Punjab Mental Hospital Lahore 1932-46 - 1932-1946
Year: 1932
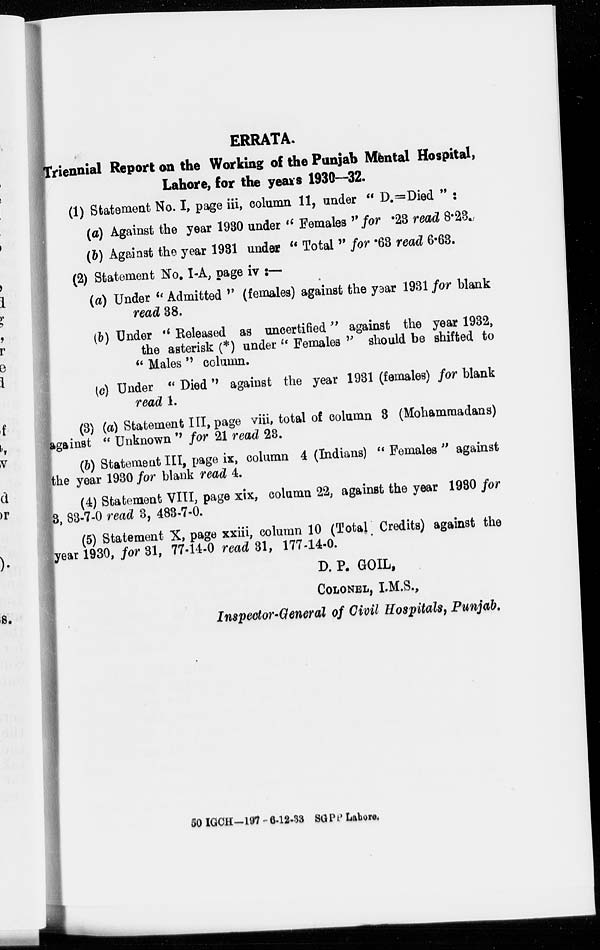
ERRATA.
Triennial Report on the Working of the Punjab Mental Hospital,
Lahore, for the years 1930—32.
(1) Statement No. I, page iii, column 11, under " D.=Died " :
(a) Against the year 1930 under " Females " for .23 read 8.23.
(b) Against the year 1931 under " Total " for .63 read 6.63.
(2) Statement No. I-A, page iv :—
(a) Under " Admitted " (females) against the year 1931 for blank
read 38.
(b) Under " Released as uncertified" against the year 1932,
the asterisk (*) under " Females " should be shifted to
" Males " column.
(c) Under " Died " against the year 1931 (females) for blank
read 1.
(3) (a) Statement III, page viii, total of column 3 (Mohammadans)
against " Unknown " for 21 read 23.
(b) Statement III, page ix, column 4 (Indians) " Females " against
the year 1930 for blank read 4.
(4) Statement VIII, page xix, column 22, against the year 1930 for
3, 83-7-0 read 3, 483-7-0.
(5) Statement X, page xxiii, column 10 (Total Credits) against the
year 1930, for 31, 77-14-0 read 31, 177-14-0.
D. P. GOIL,
COLONEL, I.M.S.,
Inspector-General of Civil Hospitals, Punjab.
50 IGCH-197-6-12-33 SGPP Lahore.